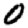
Digit: 0